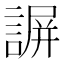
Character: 𧩱